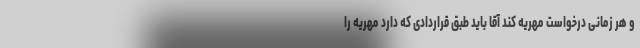
و هر زمانی درخواست مهریه کند آقا باید طبق قراردادی که دارد مهریه را